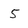
Character: 5